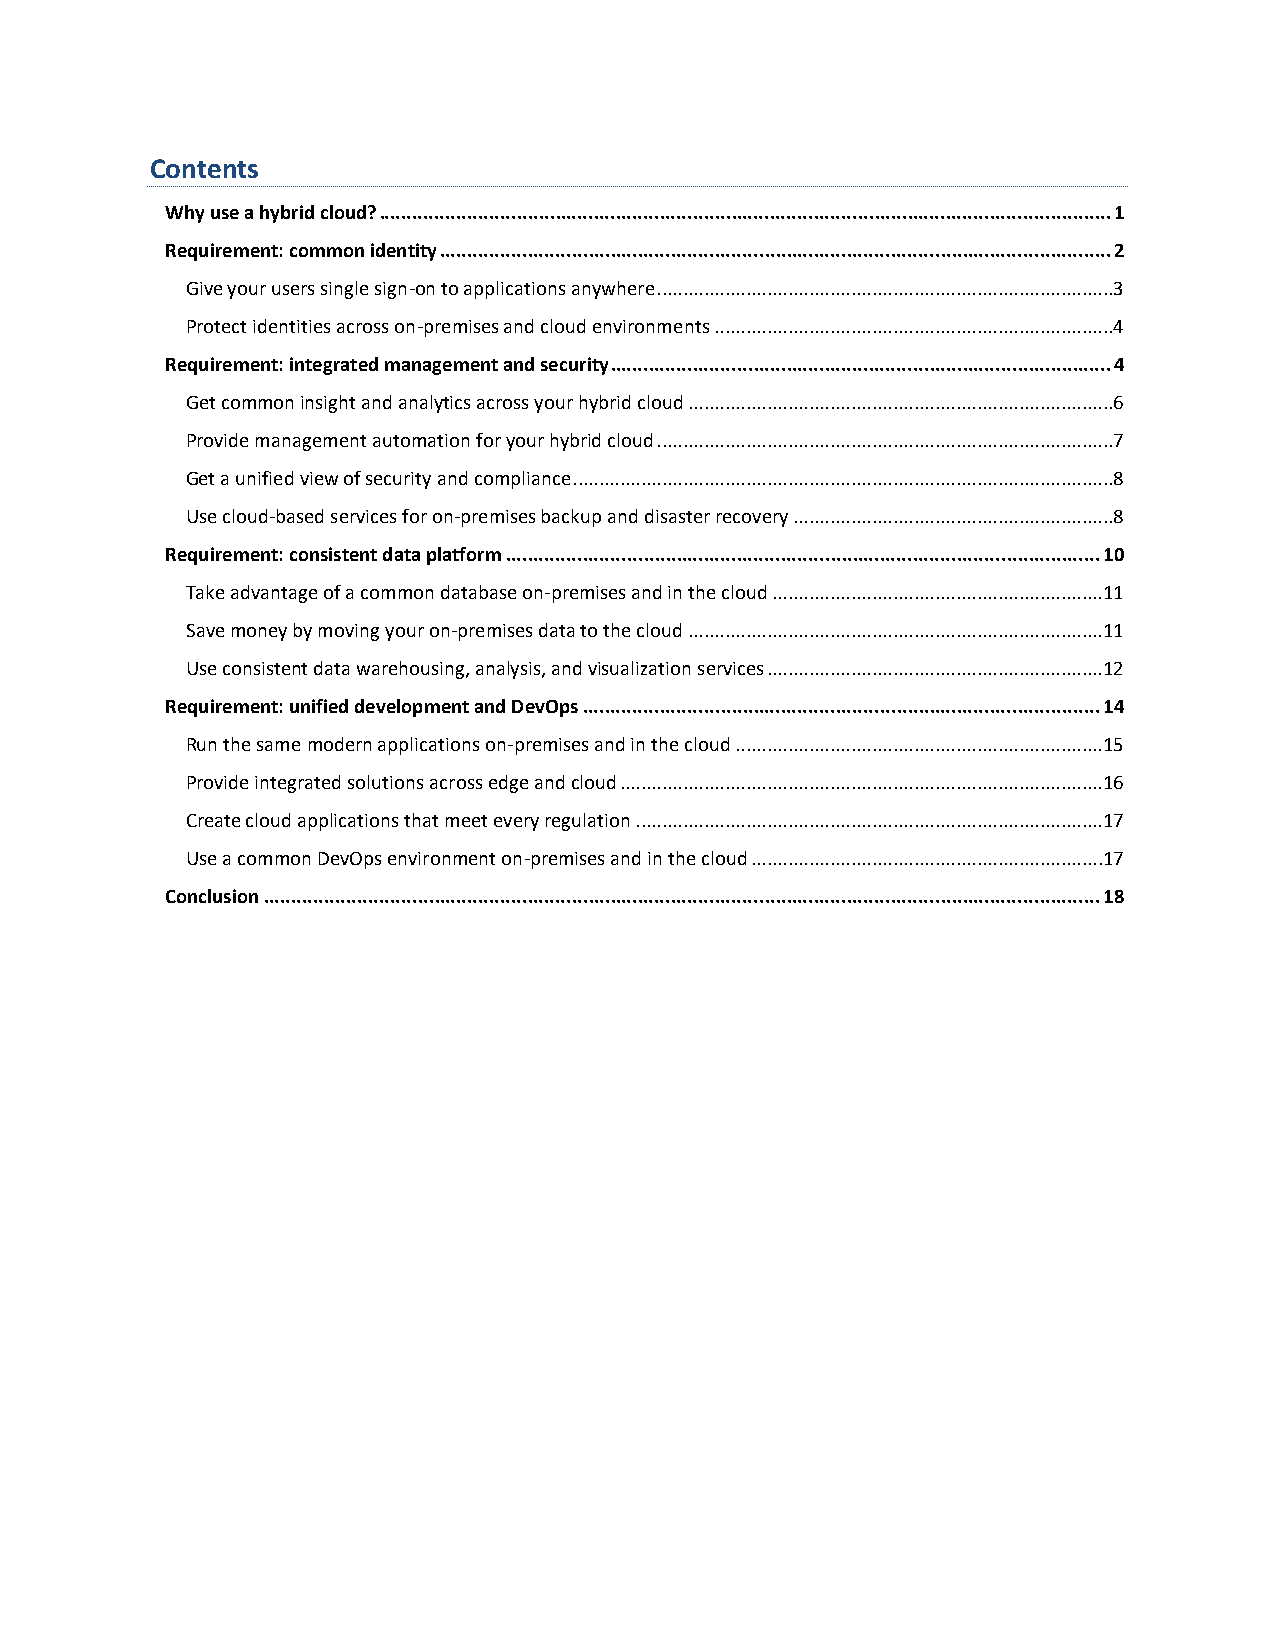
Contents
 Why use a hybrid cloud? ..................................................................................................................................... 1
 Requirement: common identity .......................................................................................................................... 2
 Give your users single sign-on to applications anywhere .......................................................................................3
 Protect identities across on-premises and cloud environments ............................................................................4
 Requirement: integrated management and security ........................................................................................... 4
 Get common insight and analytics across your hybrid cloud .................................................................................6
 Provide management automation for your hybrid cloud .......................................................................................7
 Get a unified view of security and compliance .......................................................................................................8
 Use cloud-based services for on-premises backup and disaster recovery .............................................................8
 Requirement: consistent data platform ............................................................................................................ 10
 Take advantage of a common database on-premises and in the cloud ...............................................................11
 Save money by moving your on-premises data to the cloud ...............................................................................11
 Use consistent data warehousing, analysis, and visualization services ................................................................12
 Requirement: unified development and DevOps .............................................................................................. 14
 Run the same modern applications on-premises and in the cloud ......................................................................15
 Provide integrated solutions across edge and cloud ............................................................................................16
 Create cloud applications that meet every regulation .........................................................................................17
 Use a common DevOps environment on-premises and in the cloud ...................................................................17
 Conclusion ........................................................................................................................................................ 18